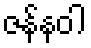
ဇန်နဝါ